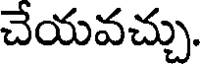
చేయవచ్చు.